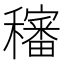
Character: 𥣳